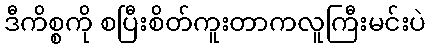
ဒီကိစ္စကို စပြီးစိတ်ကူးတာကလူကြီးမင်းပဲ